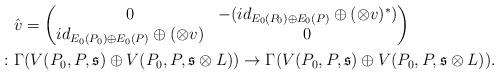
LaTeX: \begin{align*} &\hat{v}=\begin{pmatrix} 0 & -(id_{E_0(P_0)\oplus E_0(P)} \oplus (\otimes v)^\ast) \\ id_{E_0(P_0)\oplus E_0(P)} \oplus (\otimes v) & 0 \end{pmatrix} \\ \colon &\Gamma(V(P_0, P, \mathfrak{s})\oplus V(P_0, P, \mathfrak{s}\otimes L)) \to \Gamma(V(P_0, P, \mathfrak{s})\oplus V(P_0, P, \mathfrak{s}\otimes L)). \end{align*}